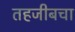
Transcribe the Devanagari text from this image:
तहजीबचा